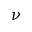
\nu